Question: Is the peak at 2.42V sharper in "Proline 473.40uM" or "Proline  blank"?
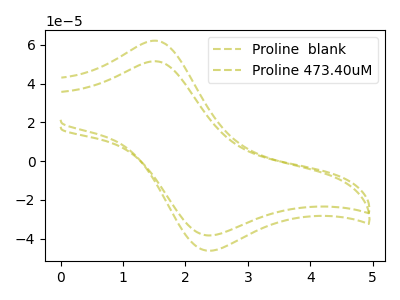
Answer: <think>The olive dashed curve "Proline  blank" has an anodic peak at (1.50V, 62.25uA) and a cathodic peak at (2.40V, -46.20uA). The olive dashed curve "Proline 473.40uM" has an anodic peak at (1.50V, 51.60uA) and a cathodic peak at (2.40V, -38.35uA).</think>
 <answer>The peak at 2.42V is lower in "Proline 473.40uM" than in "Proline  blank".</answer>
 <eval>lower</eval>